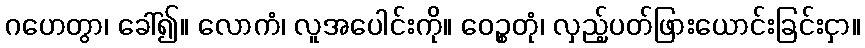
ဂဟေတွာ၊ ခေါ်၍။ လောကံ၊ လူအပေါင်းကို။ ဝေဉ္စတုံ၊ လှည့်ပတ်ဖြားယောင်းခြင်းငှာ။